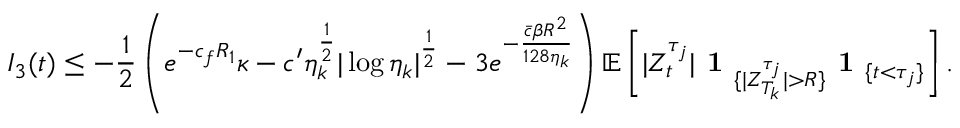
I _ { 3 } ( t ) \leq - \frac { 1 } { 2 } \left( e ^ { - c _ { f } R _ { 1 } } \kappa - c ^ { \prime } \eta _ { k } ^ { \frac { 1 } { 2 } } | \log \eta _ { k } | ^ { \frac { 1 } { 2 } } - 3 e ^ { - \frac { \bar { c } \beta R ^ { 2 } } { 1 2 8 \eta _ { k } } } \right) \mathbb { E } \left[ | Z _ { t } ^ { \tau _ { j } } | \textbf { 1 } _ { \{ | Z _ { T _ { k } } ^ { \tau _ { j } } | > R \} } \textbf { 1 } _ { \{ t < \tau _ { j } \} } \right] .